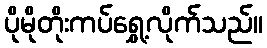
ပိုမိုတိုးကပ်ရွှေ့လိုက်သည်။